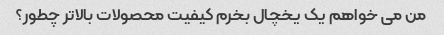
من می خواهم یک یخچال بخرم کیفیت محصولات بالاتر چطور؟